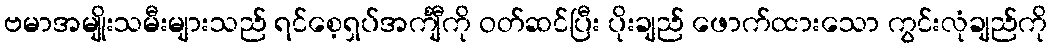
ဗမာအမျိုးသမီးများသည် ရင်စေ့ရှပ်အင်္ကျီကို ဝတ်ဆင်ပြီး ပိုးချည် ဖောက်ထားသော ကွင်းလုံချည်ကို